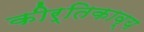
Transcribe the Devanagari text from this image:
कीर्तिकाव्य